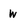
Character: w